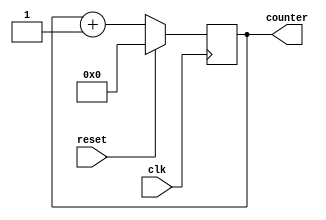
`timescale 1ns / 1ps
//////////////////////////////////////////////////////////////////////////////////
// Company: 
// Engineer: 
// 
// Design Name: 
// Module Name:    debounce 
// Project Name: 
// Target Devices: 
// Tool versions: 
// Description: 
//
// Dependencies: 
//
// Revision: 
// Revision 0.01 - File Created
// Additional Comments: 
//
//////////////////////////////////////////////////////////////////////////////////
module debounce(
	input clk, 
	input reset, 
	output [31:0] counter
   );
	
	reg [31:0] counter_up;

	always @(posedge clk)
	begin
		if(reset)
			counter_up <= 32'd0;
		else
			counter_up <= counter_up + 32'd1;
	end
	
	assign counter = counter_up;

endmodule